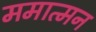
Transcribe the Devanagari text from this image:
ममात्मन